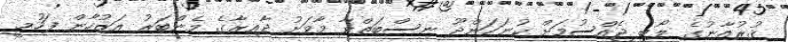
ޤުރުއާނުގެ ލޯބި ޖެއްސުމަށް ކުނަހަންދޫ ނިސްބަތްވާ މާވަށު ދާއިރާގެ މެންބަރު އަޒުހާން ފަހުމީ